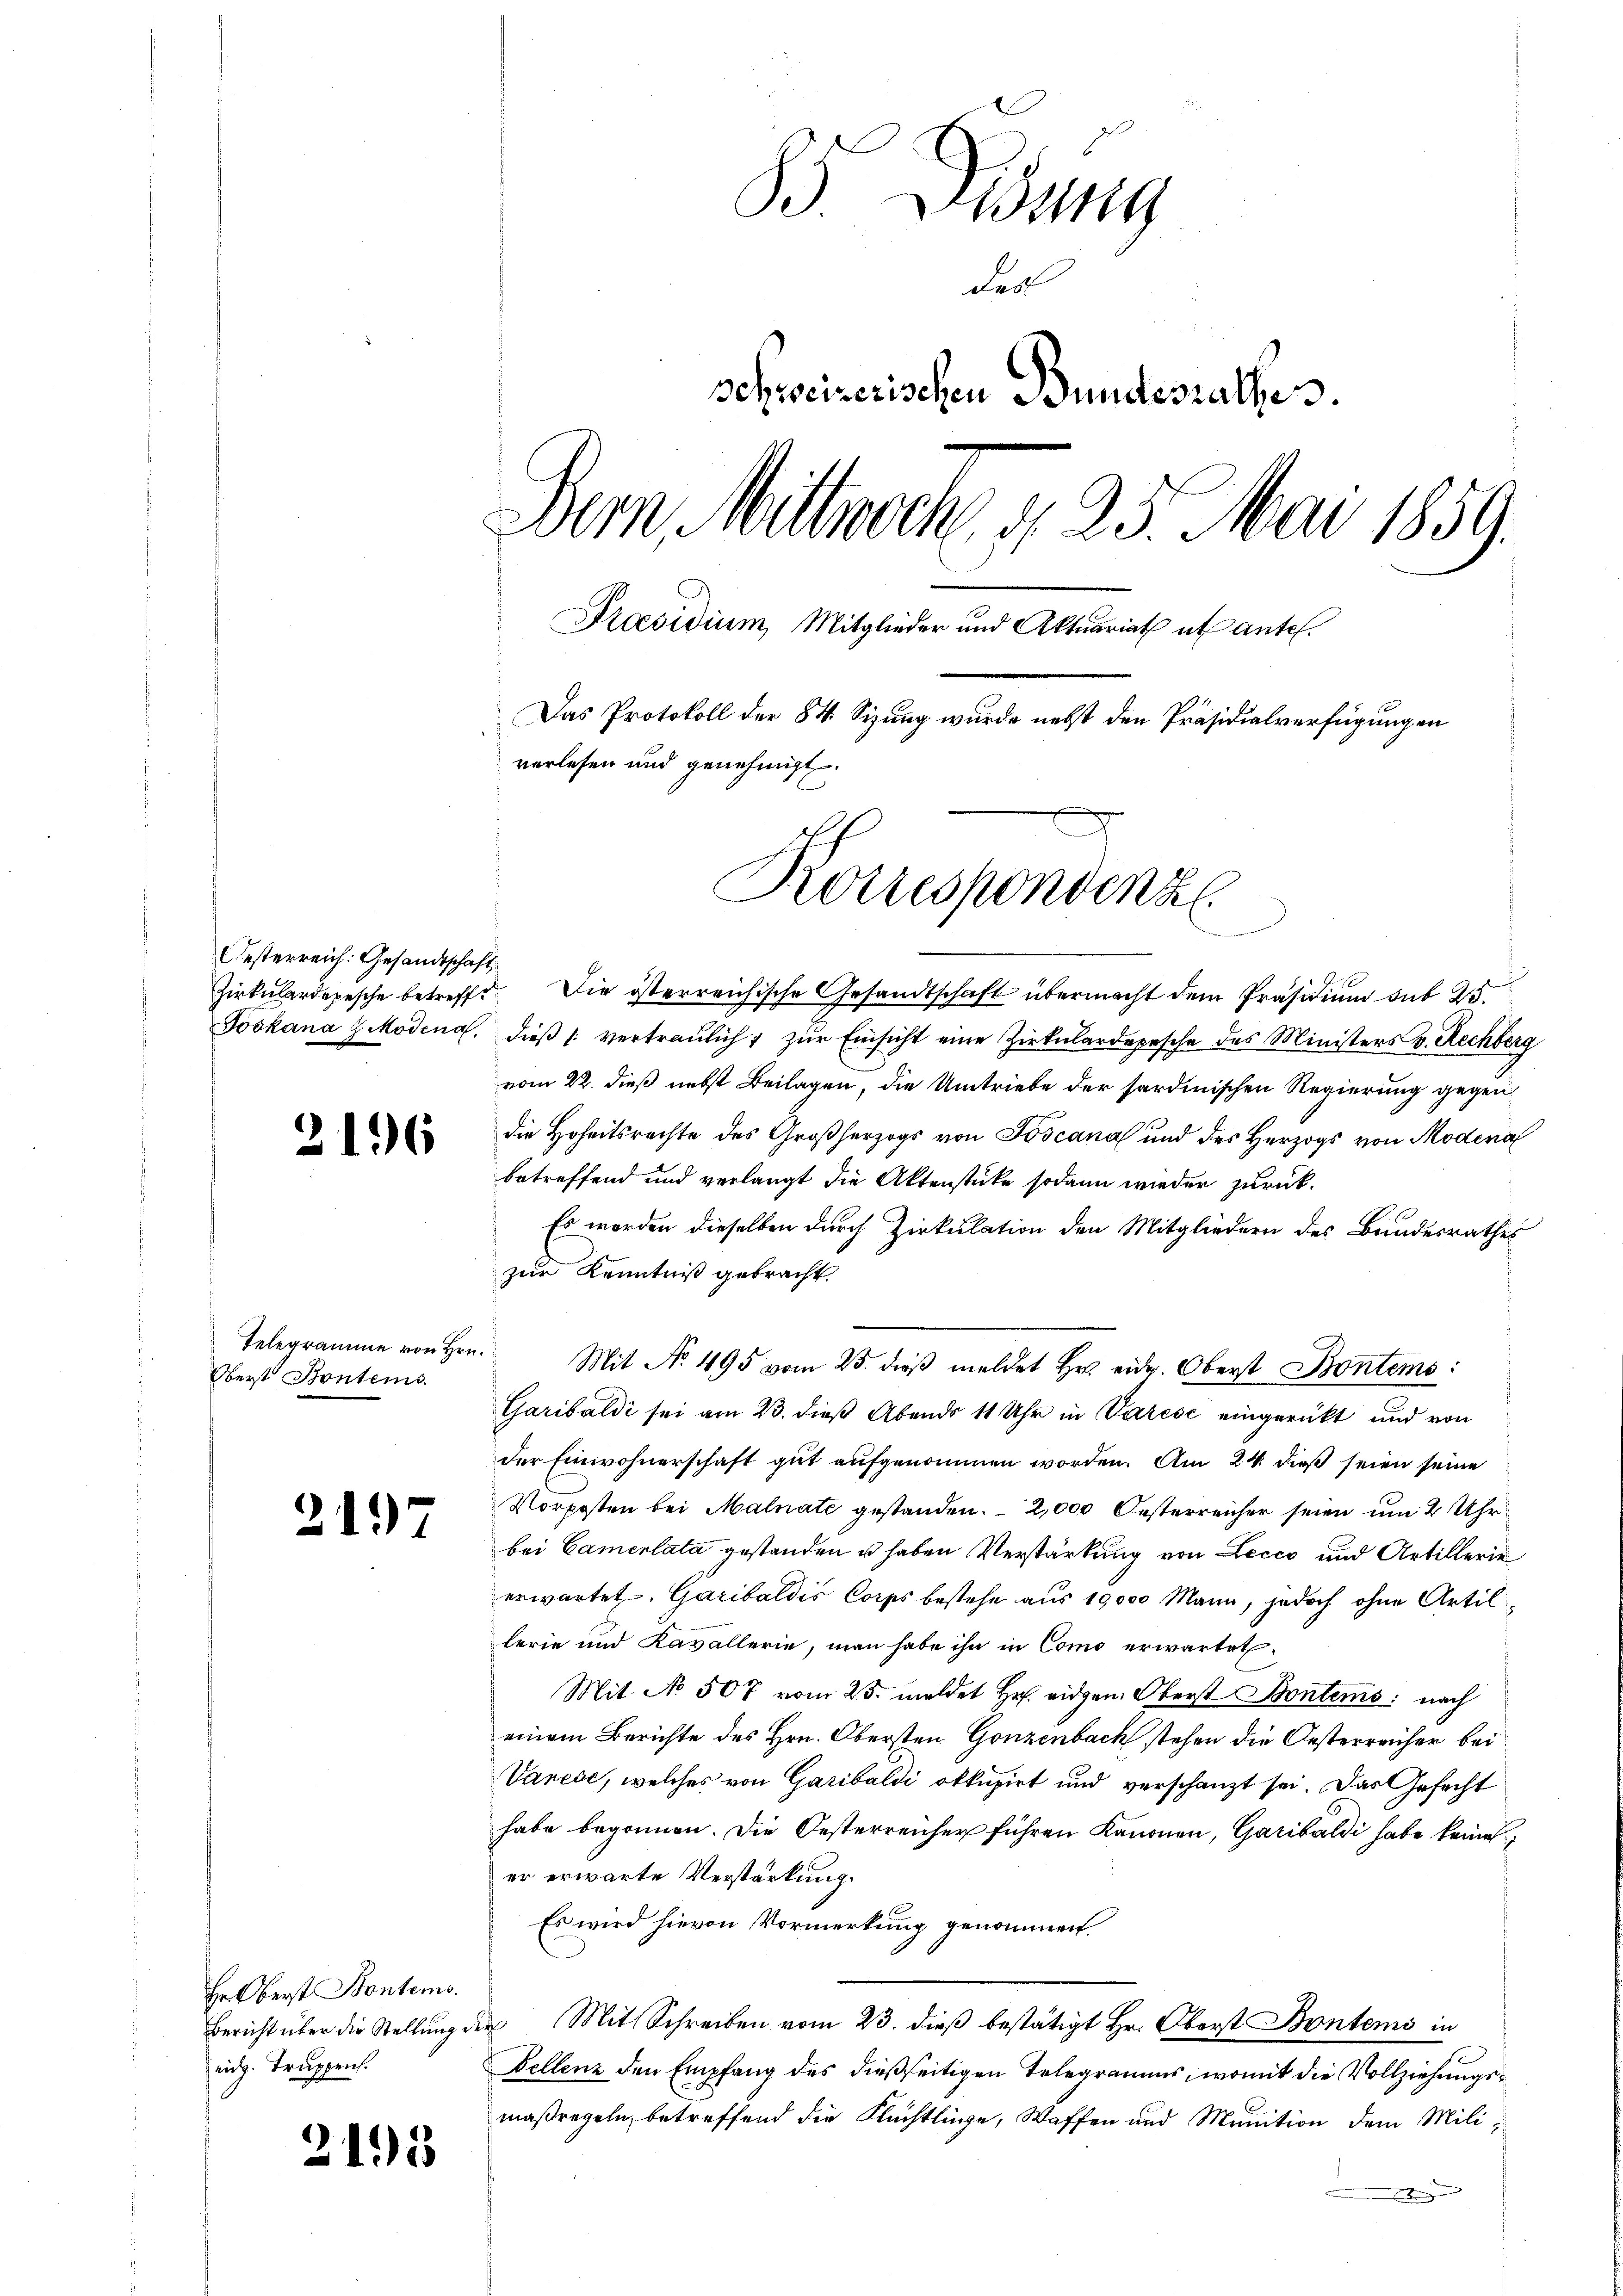
Oesterreich: Gesandtschaft,

3

2197

Hr. Oberst Bontems.
Bericht über die Stellung
nig. Truppens.

)

16

Telegramme von Hrn.
Oberst Bontems.

195

85 Gesung
Leol
schweizerischen Bundesrathes.
Dem Mittwoche u. 25. Mai 1859.
Praesidium, Mitglieder und Aktuariat et antel.
Das Protokoll der 84. Sizung wurde nebst den Präsidialverfügungen
verlesen und genehmigt.

Zirkulardepesche betreffe. Die österreichische Gesandtschaft übermacht dem Präsidium sub 25
Joskana Modena, dieβ |: vertraulich zŭr Einsicht eine Zirkŭlardepesche des Ministers v. Rechberg
vom 22. dieß nebst Beilagen, die Umtriebe der sardinischen Regierung gegen
die Hoheitsrechte des Großherzogs von Toscana und des Herzogs von Modena
betreffend und verlangt die Aktenstücke sodann wieder zurück¬
Es worden dieselben durch Zirkulation den Mitgliedern des Bundesrathes
zur Kenntniß gebracht.
Garibaldi sei am 23. dieß Abends 11 Uhr in Varese eingerückt und von
der Einwohnerschaft gut aufgenommen worden. Am 24. dieß seien seine
Vorposten bei Malnate gestanden. 2,000 Oesterreicher seien um 2 Uhr
bei Camerlata gestanden u haben Verstärkung von Lecco und Artillerie
erwartet. Garibaldis Corps bestehe aus 19,000 Mann, jedoch ohne Artillerie und Kavallerie, man habe ihn in Como erwartet.
Mit No 507 vom 25. meldet Hr. eidgen. Oberst Bontems: nach
einem Berichte des Hrn. Obersten Gonzenbach stehen die Oesterreicher bei
Varese, welches von Garibaldi okkupirt und verschanzt sei. Das Gefecht
habe begonnen. Die Oesterreicher führen Kanonen, Garibaldi habe keine
er erwarte Verstärkung.
Es wird hievon Vormerkung genommen.
r Mit Schreiben vom 23. dieß bestätigt Hr. Oberst Bontems in
Dellenz den Empfang des dießseitigen Telegramms, womit die Vollziehungsmaßregeln, betreffend die Flüchtlinge, Waffen und Munition dem Mili-

Korrespondenz.

Mit No. 495 vom 25. dieβ meldet Hr. eid. Oberst Bontems: